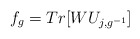
\begin{align*} f_g = Tr[W U_{j,g^{-1}} ]\end{align*}